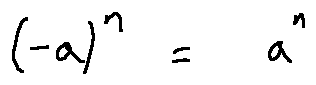
( - a ) ^ { n } = a ^ { n }